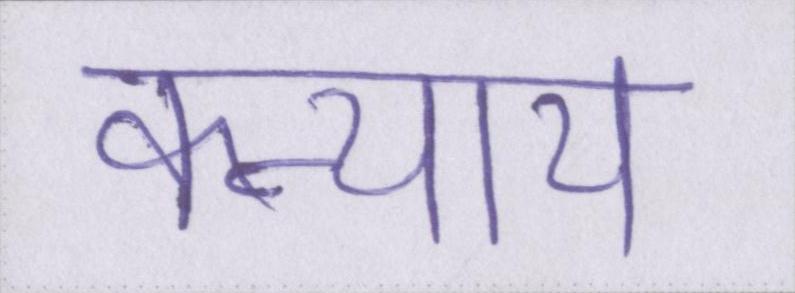
कन्याय